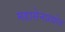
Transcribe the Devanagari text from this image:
महासेनप्रद्योत